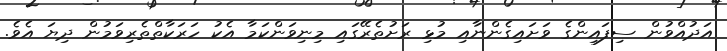
އަދުއްވުން ސިފައިންގެ ވަށައިގެންނާއި މުޅި ރަށުތެރޭގައި މިނިވަންކަމާ އެކު ހަރަކާތްތެރިވަމުން ދިޔަ އެވެ.